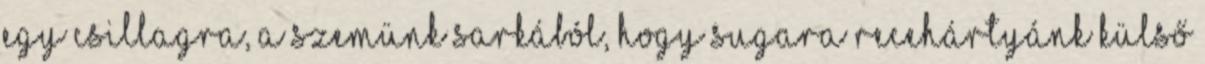
egy csillagra, a szemünk sarkából, hogy sugara recehártyánk külső